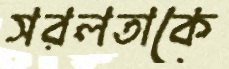
সরলতাকে